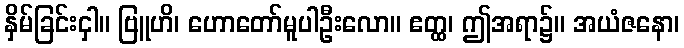
နှိမ်ခြင်းငှါ။ ဗြူဟိ၊ ဟောတော်မူပါဦးလော။ ဧတ္ထ၊ ဤအရာ၌။ အယံဇနော၊